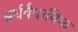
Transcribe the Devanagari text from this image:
अर्धवैधानिक